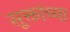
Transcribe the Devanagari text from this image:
सूक्तांच्या